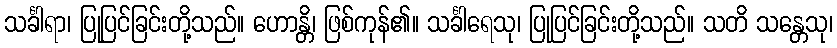
သင်္ခါရာ၊ ပြုပြင်ခြင်းတို့သည်။ ဟောန္တိ၊ ဖြစ်ကုန်၏။ သင်္ခါရေသု၊ ပြုပြင်ခြင်းတို့သည်။ သတိ သန္တေသု၊